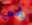
إدفع